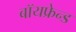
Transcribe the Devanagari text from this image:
बॉयफ्रेन्ड